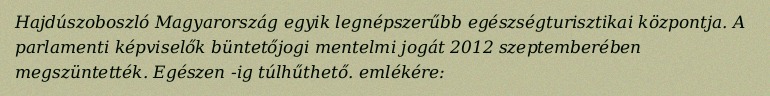
Hajdúszoboszló Magyarország egyik legnépszerűbb egészségturisztikai központja. A parlamenti képviselők büntetőjogi mentelmi jogát 2012 szeptemberében megszüntették. Egészen -ig túlhűthető. emlékére: